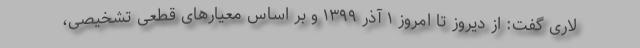
لاری گفت: از دیروز تا امروز ۱ آذر ۱۳۹۹ و بر اساس معیارهای قطعی تشخیصی،